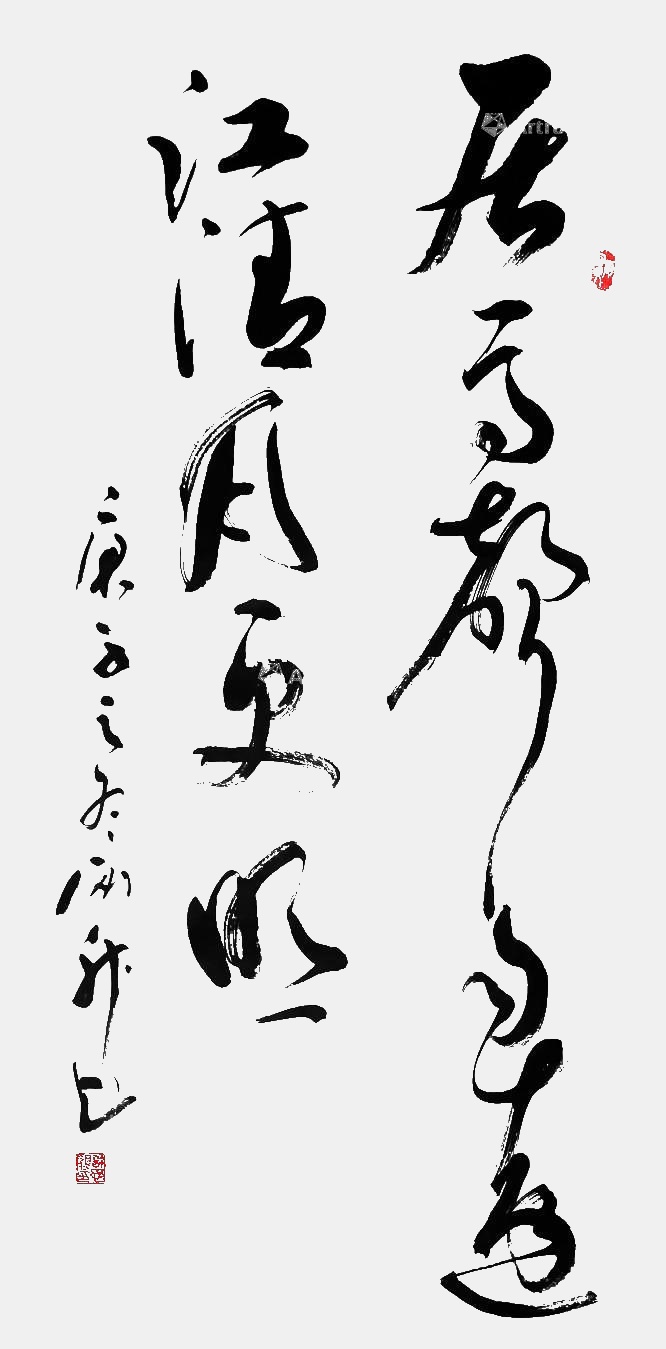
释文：居高声自远，江清月更明庚子之冬刚升书